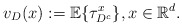
\begin{align*} v_D(x):=\mathbb{E}\{\tau^x_{D^c}\}, x\in \mathbb{R}^d.\end{align*}